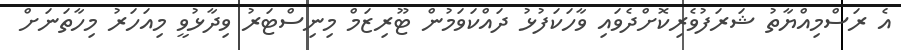
އެ ރަސްމިއްޔާތު ޝަރަފުވެރިކޮށްދެވައި ވާހަކަފުޅު ދައްކަވަމުން ޓޫރިޒަމް މިނިސްޓަރު ވިދާޅުވީ މިއަހަރު މިހާތަނަށް